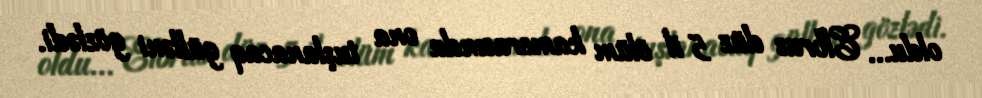
oldu... Elbrus düz 5 il ölüm kamerasında ona tuşlanacaq gülləni gözlədi.